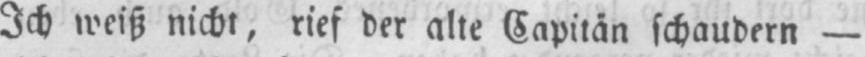
Ich weiß nicht, rief der alte Capitän schaudern -